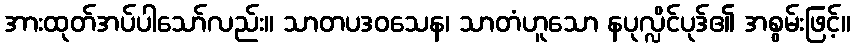
အားထုတ်အပ်ပါသော်လည်း။ သာတပဒဝသေန၊ သာတံဟူသော နပုလ္လိင်ပုဒ်၏ အစွမ်းဖြင့်။